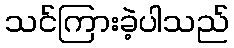
သင်ကြားခဲ့ပါသည်